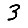
Digit: 3